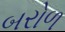
બરોળ